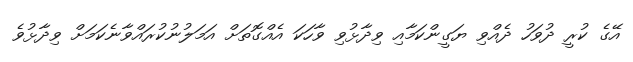
އޭގެ ކުރީ ދުވަހު ދެއްވި ޔަގީންކަމާއި ވިދާޅުވި ވާހަކަ އެއްގޮތަށް އަމަލުނުކުރައްވާނެކަމަށް ވިދާޅުވެ